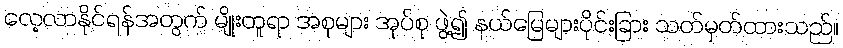
လေ့လာနိုင်ရန်အတွက် မျိုးတူရာ အစုများ အုပ်စု ဖွဲ့၍ နယ်မြေများပိုင်းခြား သတ်မှတ်ထားသည်။